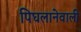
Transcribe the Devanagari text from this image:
पिघलानेवाली